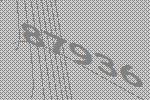
87936